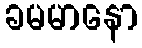
ခမမာနော